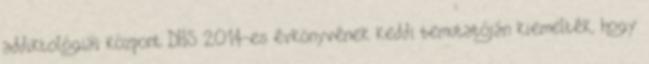
addiktológiai központ DHS 2014-es évkönyvének keddi bemutatóján kiemelték, hogy